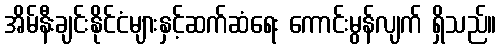
အိမ်နီးချင်းနိုင်ငံများနှင့်ဆက်ဆံရေး ကောင်းမွန်လျက် ရှိသည်။